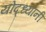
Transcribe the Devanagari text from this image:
योद्ध्यानी